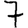
Digit: 7